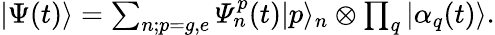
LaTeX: \begin{array}{r}{|\Psi(t)\rangle=\sum_{n;p=g,e}\varPsi_{n}^{p}(t)|p\rangle_{n}\otimes\prod_{q}|\alpha_{q}(t)\rangle.}\end{array}